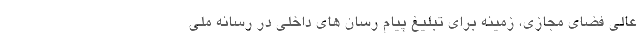
عالی فضای مجازی، زمینه برای تبلیغ پیام رسان های داخلی در رسانه ملی